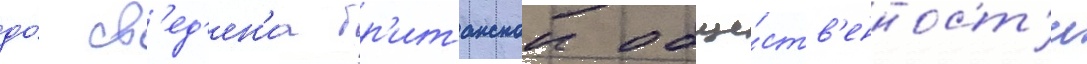
до́ св'ед'ен'иа бр'итанскои обще́ств'енност'и